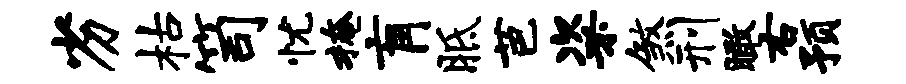
劣枯笥忧掩肓胝芭粢煞刑瞰右预